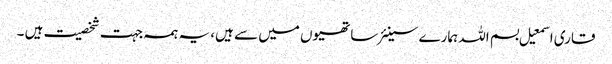
قاری اسمعیل بسم اللہ ہمارے سینئر ساتھیوں میں سے ہیں، یہ ہمہ جہت شخصیت ہیں ۔